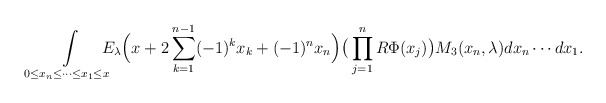
\begin{align*}\int\limits_{0\leq x_n\leq \dots \leq x_1\leq x }\!\!\!\!\! E_\lambda\Big(x+2\sum_{k=1}^{n-1}(-1)^kx_k+ (-1)^nx_n\Big) \big( \prod_{j=1}^nR \Phi(x_j) \big) M_3(x_n,\lambda) dx_n\cdots dx_1.\end{align*}